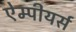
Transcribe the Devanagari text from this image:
ऐम्पीयर्स